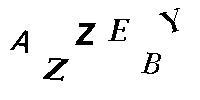
AZZEBY